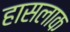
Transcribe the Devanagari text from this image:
हासलाक